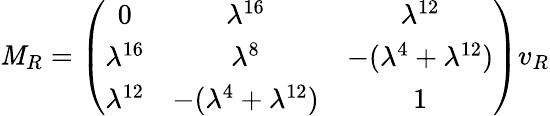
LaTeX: \mathit{M}_{R}=\left(\begin{array}{ccc}{{0}}&{{\lambda^{16}}}&{{\lambda^{12}}}\\ {{\lambda^{16}}}&{{\lambda^{8}}}&{{-(\lambda^{4}+\lambda^{12})}}\\ {{\lambda^{12}}}&{{-(\lambda^{4}+\lambda^{12})}}&{{1}}\end{array}\right)v_{R}